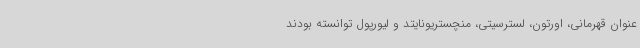
عنوان قهرمانی، اورتون، لسترسیتی، منچستریونایتد و لیورپول توانسته بودند